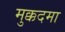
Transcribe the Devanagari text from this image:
मुक्कदमा